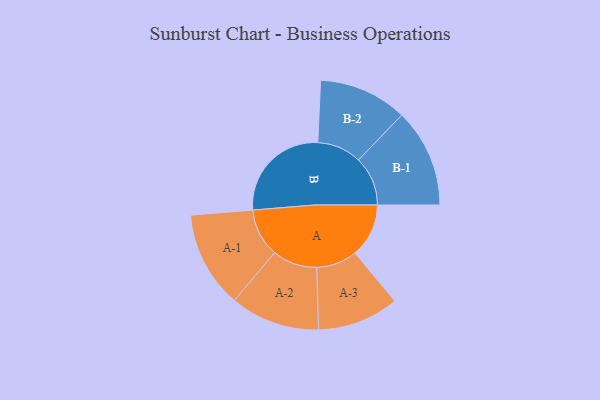
{"axis": {"x": "Segment", "y": "Value"}, "legend": ["", "A", "B"], "data": [{"x": "A", "y": 215, "type": ""}, {"x": "B", "y": 416, "type": ""}, {"x": "A-1", "y": 193, "type": "A"}, {"x": "A-2", "y": 179, "type": "A"}, {"x": "A-3", "y": 163, "type": "A"}, {"x": "B-1", "y": 197, "type": "B"}, {"x": "B-2", "y": 177, "type": "B"}]}